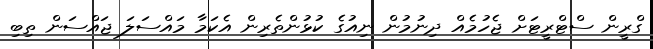
ގްރީން ސްޓްރީޓަށް ޖެހުމެއް ދިނުމުން ނިއުގެ ކުޅުންތެރިން އެކަމާ މައްސަލަ ޖައްސަން ތިބި